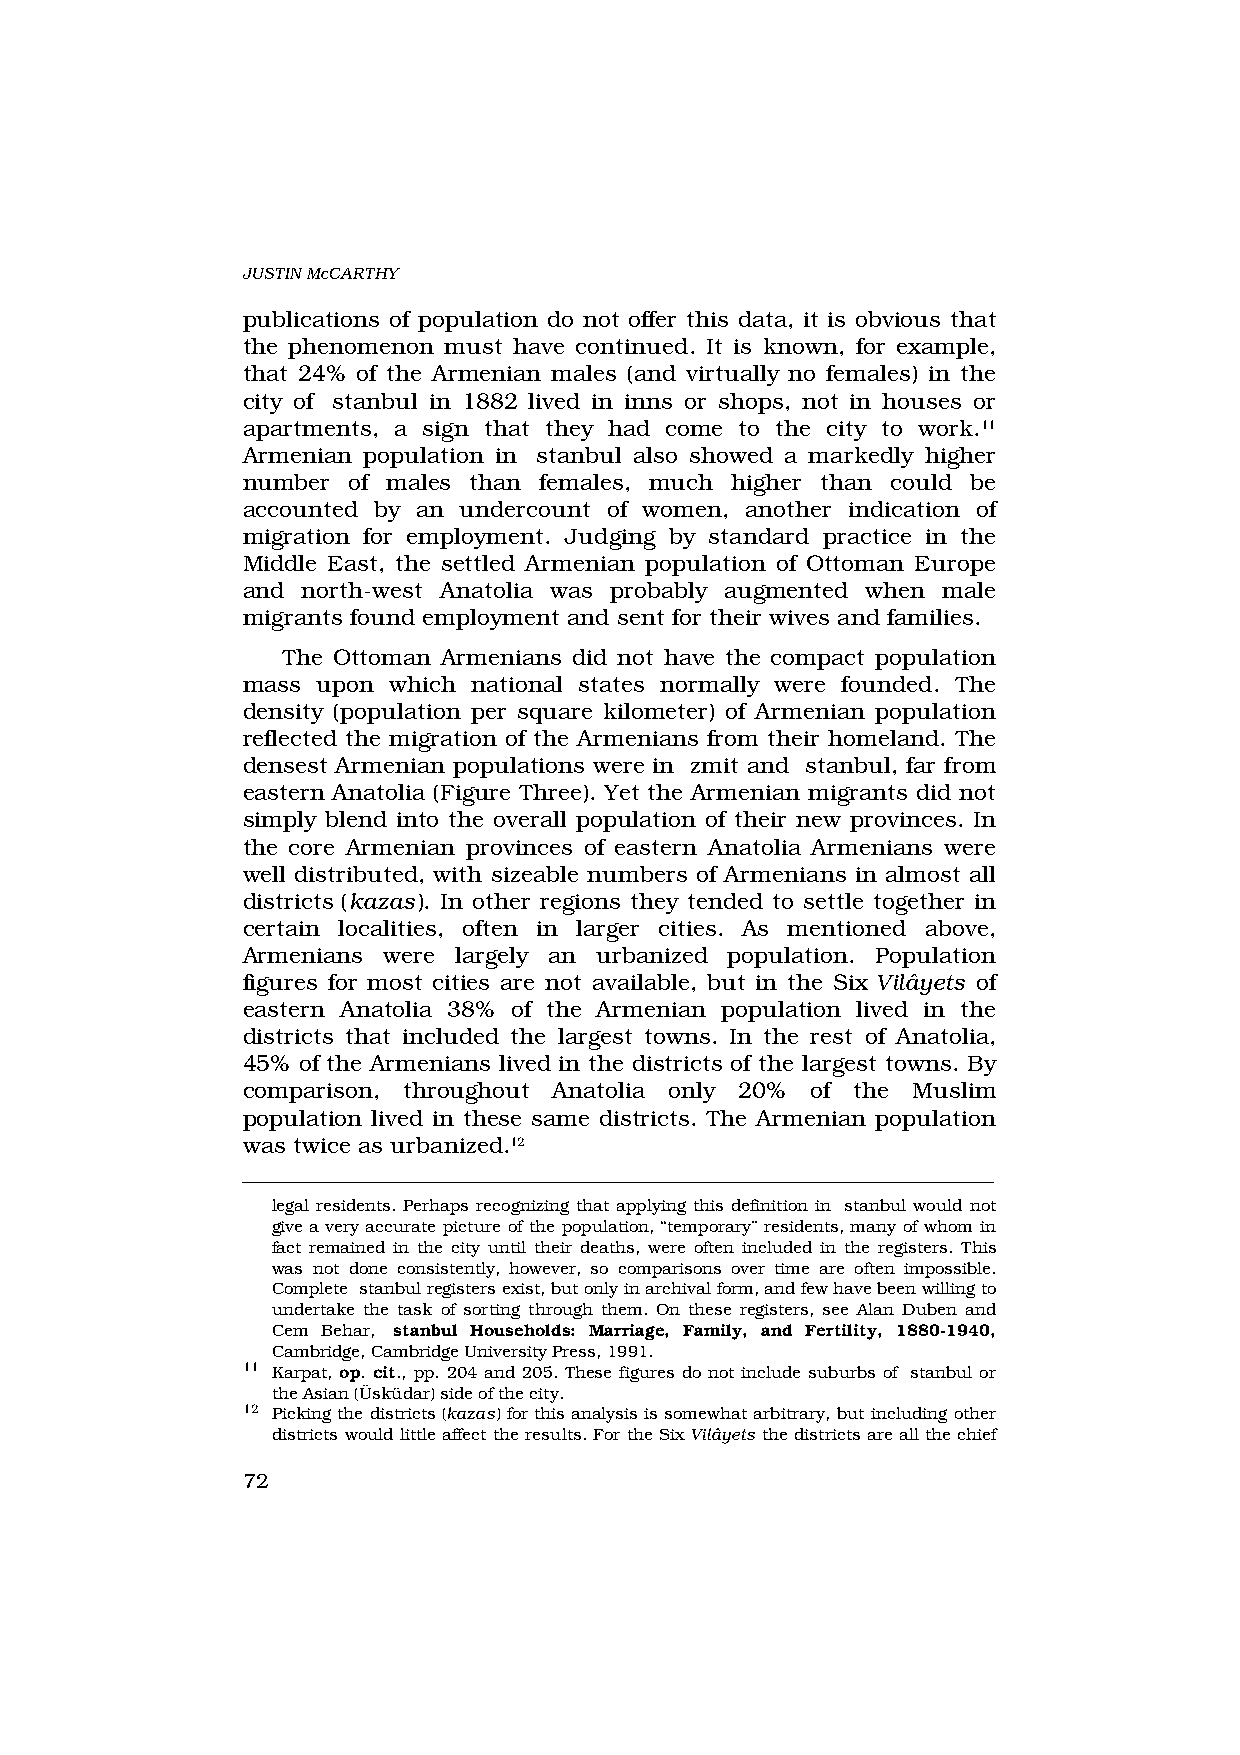
JUSTIN McCARTHY
 publications of population do not offer this data, it is obvious that
 the phenomenon must have continued. It is known, for example,
 that 24% of the Armenian males (and virtually no females) in the
 city of ‹stanbul in 1882 lived in inns or shops, not in houses or
 apartments, a sign that they had come to the city to work.11
 Armenian population in ‹stanbul also showed a markedly higher
 number of males than females, much higher than could be
 accounted by an undercount of women, another indication of
 migration for employment. Judging by standard practice in the
 Middle East, the settled Armenian population of Ottoman Europe
 and north-west Anatolia was probably augmented when male
 migrants found employment and sent for their wives and families.
 The Ottoman Armenians did not have the compact population
 mass upon which national states normally were founded. The
 density (population per square kilometer) of Armenian population
 reflected the migration of the Armenians from their homeland. The
 densest Armenian populations were in ‹zmit and ‹stanbul, far from
 eastern Anatolia (Figure Three). Yet the Armenian migrants did not
 simply blend into the overall population of their new provinces. In
 the core Armenian provinces of eastern Anatolia Armenians were
 well distributed, with sizeable numbers of Armenians in almost all
 districts (kazas). In other regions they tended to settle together in
 certain localities, often in larger cities. As mentioned above,
 Armenians were largely an urbanized population. Population
 figures for most cities are not available, but in the Six Vilâyets of
 eastern Anatolia 38% of the Armenian population lived in the
 districts that included the largest towns. In the rest of Anatolia,
 45% of the Armenians lived in the districts of the largest towns. By
 comparison, throughout Anatolia only 20% of the Muslim
 population lived in these same districts. The Armenian population
 was twice as urbanized.12
 legal residents. Perhaps recognizing that applying this definition in ‹stanbul would not
 give a very accurate picture of the population, “temporary” residents, many of whom in
 fact remained in the city until their deaths, were often included in the registers. This
 was not done consistently, however, so comparisons over time are often impossible.
 Complete ‹stanbul registers exist, but only in archival form, and few have been willing to
 undertake the task of sorting through them. On these registers, see Alan Duben and
 Cem Behar, ‹stanbul Households: Marriage, Family, and Fertility, 1880-1940,
 Cambridge, Cambridge University Press, 1991.
 11 Karpat, op. cit., pp. 204 and 205. These figures do not include suburbs of ‹stanbul or
 the Asian (Üsküdar) side of the city.
 12 Picking the districts (kazas) for this analysis is somewhat arbitrary, but including other
 districts would little affect the results. For the Six Vilâyets the districts are all the chief
 72